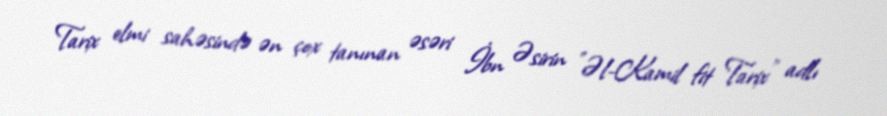
Tarix elmi sahəsində ən çox tanınan əsəri İbn Əsirin "Əl-Kamil fit Tarix" adlı